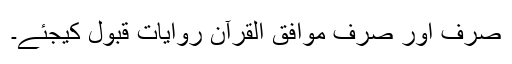
صرف اور صرف موافق القرآن روایات قبول کیجئے۔